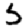
Digit: 5